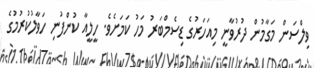
ވިލްސަން މަގާމުން ދުރުވާނީ މިއަހަރުގެ ޑިސެމްބަރު މަހު ކަމަށެވެ. ހީލީއާ ކުންފުނި ހަވާލުކުރުމުގެ